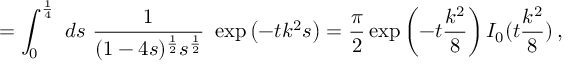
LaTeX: = \int _ { 0 } ^ { \frac 1 4 } \ d s \ \frac { 1 } { ( 1 - 4 s ) ^ { \frac 1 2 } s ^ { \frac 1 2 } } \ \exp \left( - t k ^ { 2 } s \right) = \frac { \pi } { 2 } \exp \left( - t \frac { k ^ { 2 } } { 8 } \right) I _ { 0 } ( t \frac { k ^ { 2 } } { 8 } ) \, ,